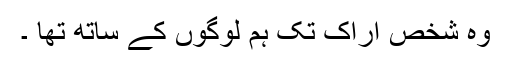
وہ شخص اراک تک ہم لوگوں کے ساتھ تھا ۔